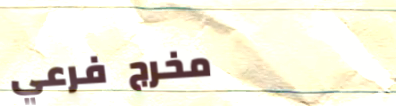
مخرج فرعي